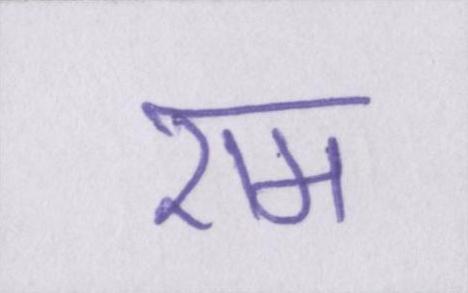
एम